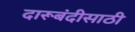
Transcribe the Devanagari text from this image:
दारूबंदीसाठी